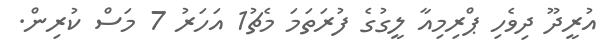
އުރީދޫ ދިވެހި ޕްރިމިއާ ލީގުގެ ފުރަތަމަ މެޗު1 އަހަރު 7 މަސް ކުރިން.